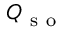
\boldsymbol { Q } _ { \mathrm { ~ s ~ o ~ } }